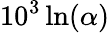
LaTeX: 10^{3}\ln(\alpha)